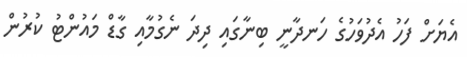
އެޔަށް ފަހު އެދުވަހުގެ ހަނދާނީ ބިނާގައި ދިދަ ނެގުމާއި ގާޑް މައުންޓު ކުރުން